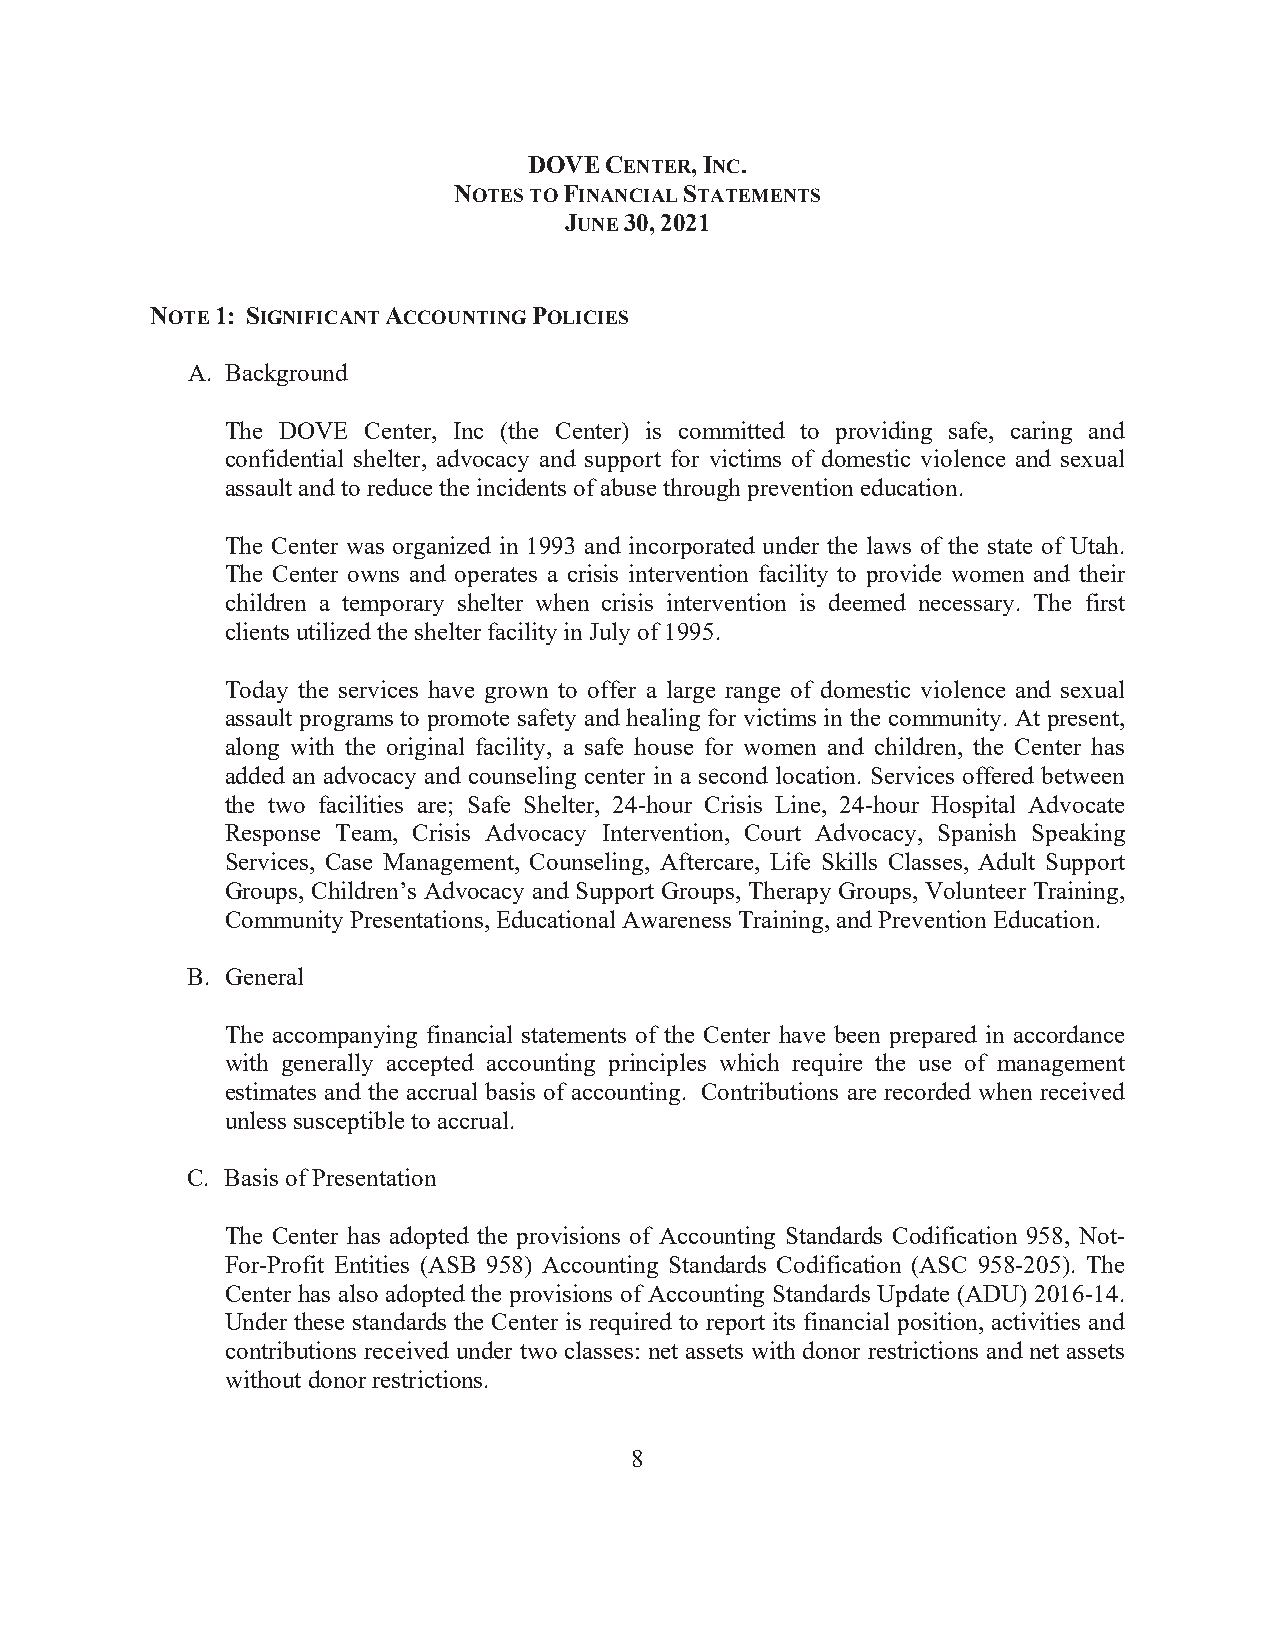
DOVE CENTER, INC.
 NOTES TO FINANCIAL STATEMENTS
 JUNE 30, 2021
 NOTE 1: SIGNIFICANT ACCOUNTING POLICIES
 A. Background
 The DOVE Center, Inc (the Center) is committed to providing safe, caring and
 confidential shelter, advocacy and support for victims of domestic violence and sexual
 assault and to reduce the incidents of abuse through prevention education.
 The Center was organized in 1993 and incorporated under the laws of the state of Utah.
 The Center owns and operates a crisis intervention facility to provide women and their
 children a temporary shelter when crisis intervention is deemed necessary. The first
 clients utilized the shelter facility in July of 1995.
 Today the services have grown to offer a large range of domestic violence and sexual
 assault programs to promote safety and healing for victims in the community. At present,
 along with the original facility, a safe house for women and children, the Center has
 added an advocacy and counseling center in a second location. Services offered between
 the two facilities are; Safe Shelter, 24-hour Crisis Line, 24-hour Hospital Advocate
 Response Team, Crisis Advocacy Intervention, Court Advocacy, Spanish Speaking
 Services, Case Management, Counseling, Aftercare, Life Skills Classes, Adult Support
 Groups, Children’s Advocacy and Support Groups, Therapy Groups, Volunteer Training,
 Community Presentations, Educational Awareness Training, and Prevention Education.
 B. General
 The accompanying financial statements of the Center have been prepared in accordance
 with generally accepted accounting principles which require the use of management
 estimates and the accrual basis of accounting. Contributions are recorded when received
 unless susceptible to accrual.
 C. Basis of Presentation
 The Center has adopted the provisions of Accounting Standards Codification 958, Not-
 For-Profit Entities (ASB 958) Accounting Standards Codification (ASC 958-205). The
 Center has also adopted the provisions of Accounting Standards Update (ADU) 2016-14.
 Under these standards the Center is required to report its financial position, activities and
 contributions received under two classes: net assets with donor restrictions and net assets
 without donor restrictions.
 8